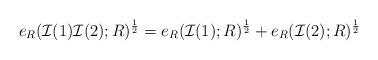
LaTeX: \begin{align*}e_R(\mathcal I(1)\mathcal I(2);R)^{\frac{1}{2}}= e_R(\mathcal I(1);R)^{\frac{1}{2}}+e_R(\mathcal I(2);R)^{\frac{1}{2}}\end{align*}